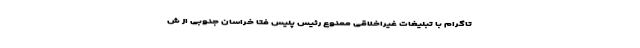
تاگرام با تبلیغات غیراخلاقی ممنوع رئیس پلیس فتا خراسان جنوبی از ش